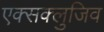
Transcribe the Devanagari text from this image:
एक्सक्लुजिव